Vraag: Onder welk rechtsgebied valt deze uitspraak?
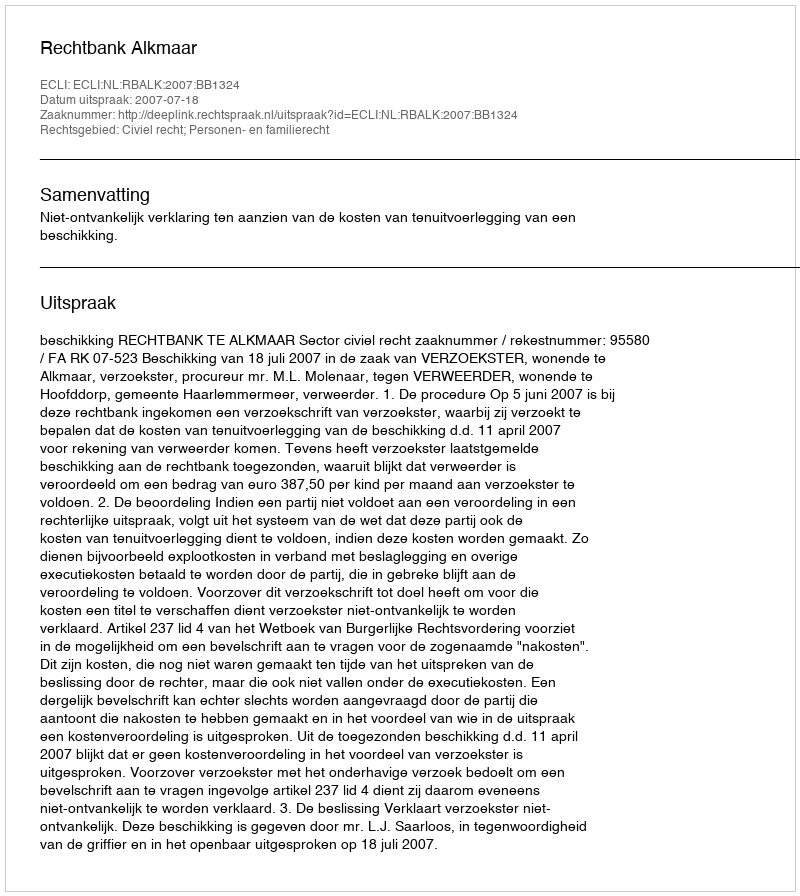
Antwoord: Civiel recht; Personen- en familierecht